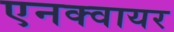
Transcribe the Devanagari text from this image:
एनक्वायर